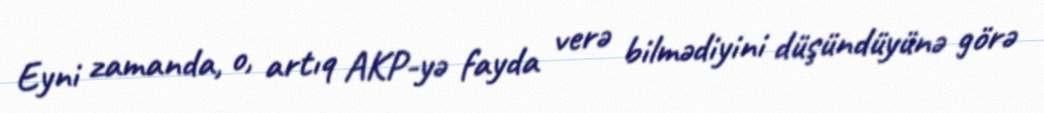
Eyni zamanda, o, artıq AKP-yə fayda verə bilmədiyini düşündüyünə görə